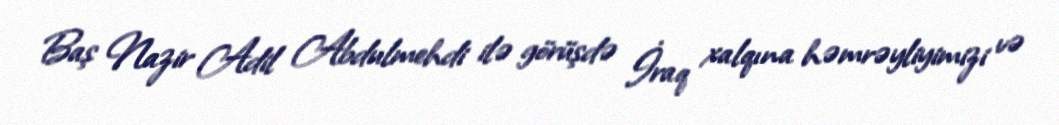
Baş Nazir Adil Abdulmehdi ilə görüşdə İraq xalqına həmrəyliyimizi və